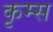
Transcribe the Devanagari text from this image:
कृम्स